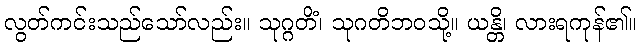
လွတ်ကင်းသည်သော်လည်း။ သုဂ္ဂတိံ၊ သုဂတိဘဝသို့။ ယန္တိ၊ လားရကုန်၏။